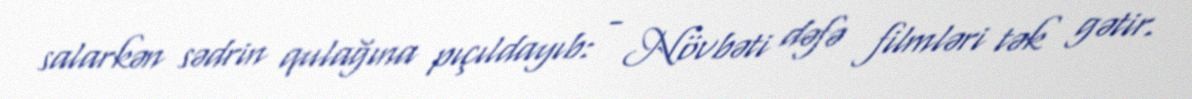
salarkən sədrin qulağına pıçıldayıb: - Növbəti dəfə filmləri tək gətir.